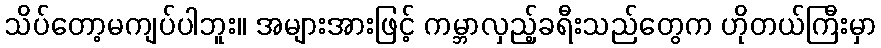
သိပ်တော့မကျပ်ပါဘူး။ အများအားဖြင့် ကမ္ဘာလှည့်ခရီးသည်တွေက ဟိုတယ်ကြီးမှာ